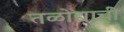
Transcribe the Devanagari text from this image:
तळोद्याची